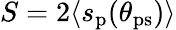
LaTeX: S=2\langle s_{\mathrm{p}}(\theta_{\mathrm{ps}})\rangle